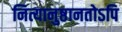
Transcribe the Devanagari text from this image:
नित्यानुष्ठानतोऽपि